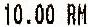
10.00 RM